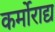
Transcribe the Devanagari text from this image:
कर्मोराद्य